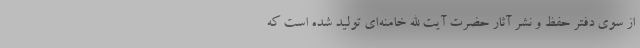
از سوی دفتر حفظ و نشر آثار حضرت آیت الله خامنه‌ای تولید شده است که